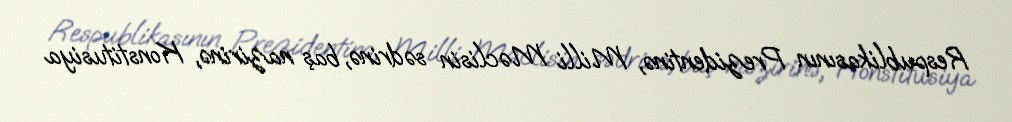
Respublikasının Prezidentinə, Milli Məclisin sədrinə, baş nazirinə, Konstitusiya